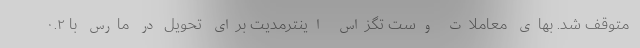
متوقف شد. بهای معاملات وست تگزاس اینترمدیت برای تحویل در مارس با ۰.۲